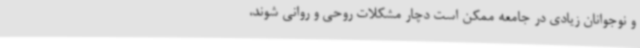
و نوجوانان زیادی در جامعه ممکن است دچار مشکلات روحی و روانی شوند،